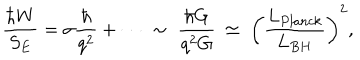
\frac { \hbar W } { S _ { E } } = \sigma \frac { \hbar } { q ^ { 2 } } + \cdots \; \sim \; \frac { \hbar G } { q ^ { 2 } G } \: \simeq \; \biggl ( \frac { L _ { P l a n c k } } { L _ { B H } } \biggr ) ^ { 2 } ,